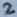
Text: 2